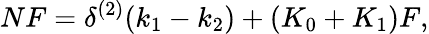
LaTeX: NF=\delta^{(2)}(k_{1}-k_{2})+(K_{0}+K_{1})F,